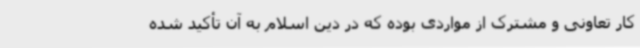
کار تعاونی و مشترک از مواردی بوده که در دین اسلام به آن تأکید شده